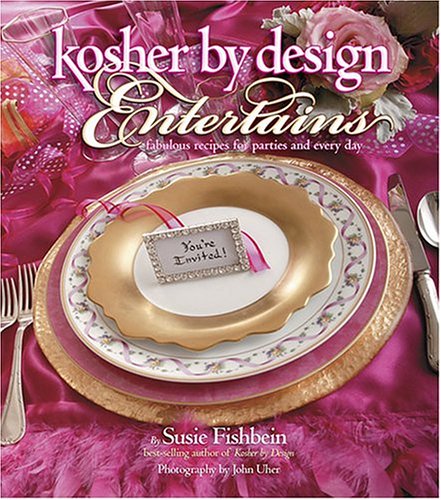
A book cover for Kosher by Design Entertains: Fabulous Recipes for Parties and Every Day; Susie Fishbein; Cookbooks, Food & Wine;